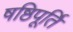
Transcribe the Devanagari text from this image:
षष्ठिपूर्ति